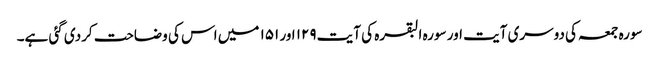
سورہ جمعہ کی دوسری آیت اور سورہ البقرہ کی آیت ۱۲۹ اور ۱۵۱ میں اس کی وضاحت کردی گئی ہے۔